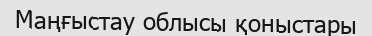
Маңғыстау облысы қоныстары